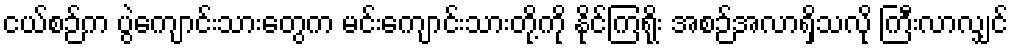
ငယ်စဉ်က ပွဲကျောင်းသားတွေက မင်းကျောင်းသားတို့ကို နိုင်ကြရိုး အစဉ်အလာရှိသလို ကြီးလာလျှင်